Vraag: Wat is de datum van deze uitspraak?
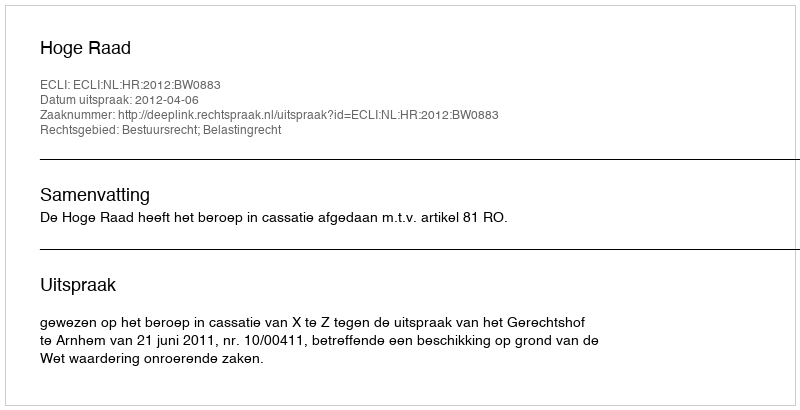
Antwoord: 2012-04-06